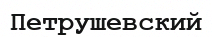
Петрушевский